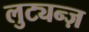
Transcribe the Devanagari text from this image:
लुट्यन्ज़